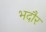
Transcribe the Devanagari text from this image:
भदौर